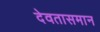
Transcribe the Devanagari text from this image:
देवतासमान